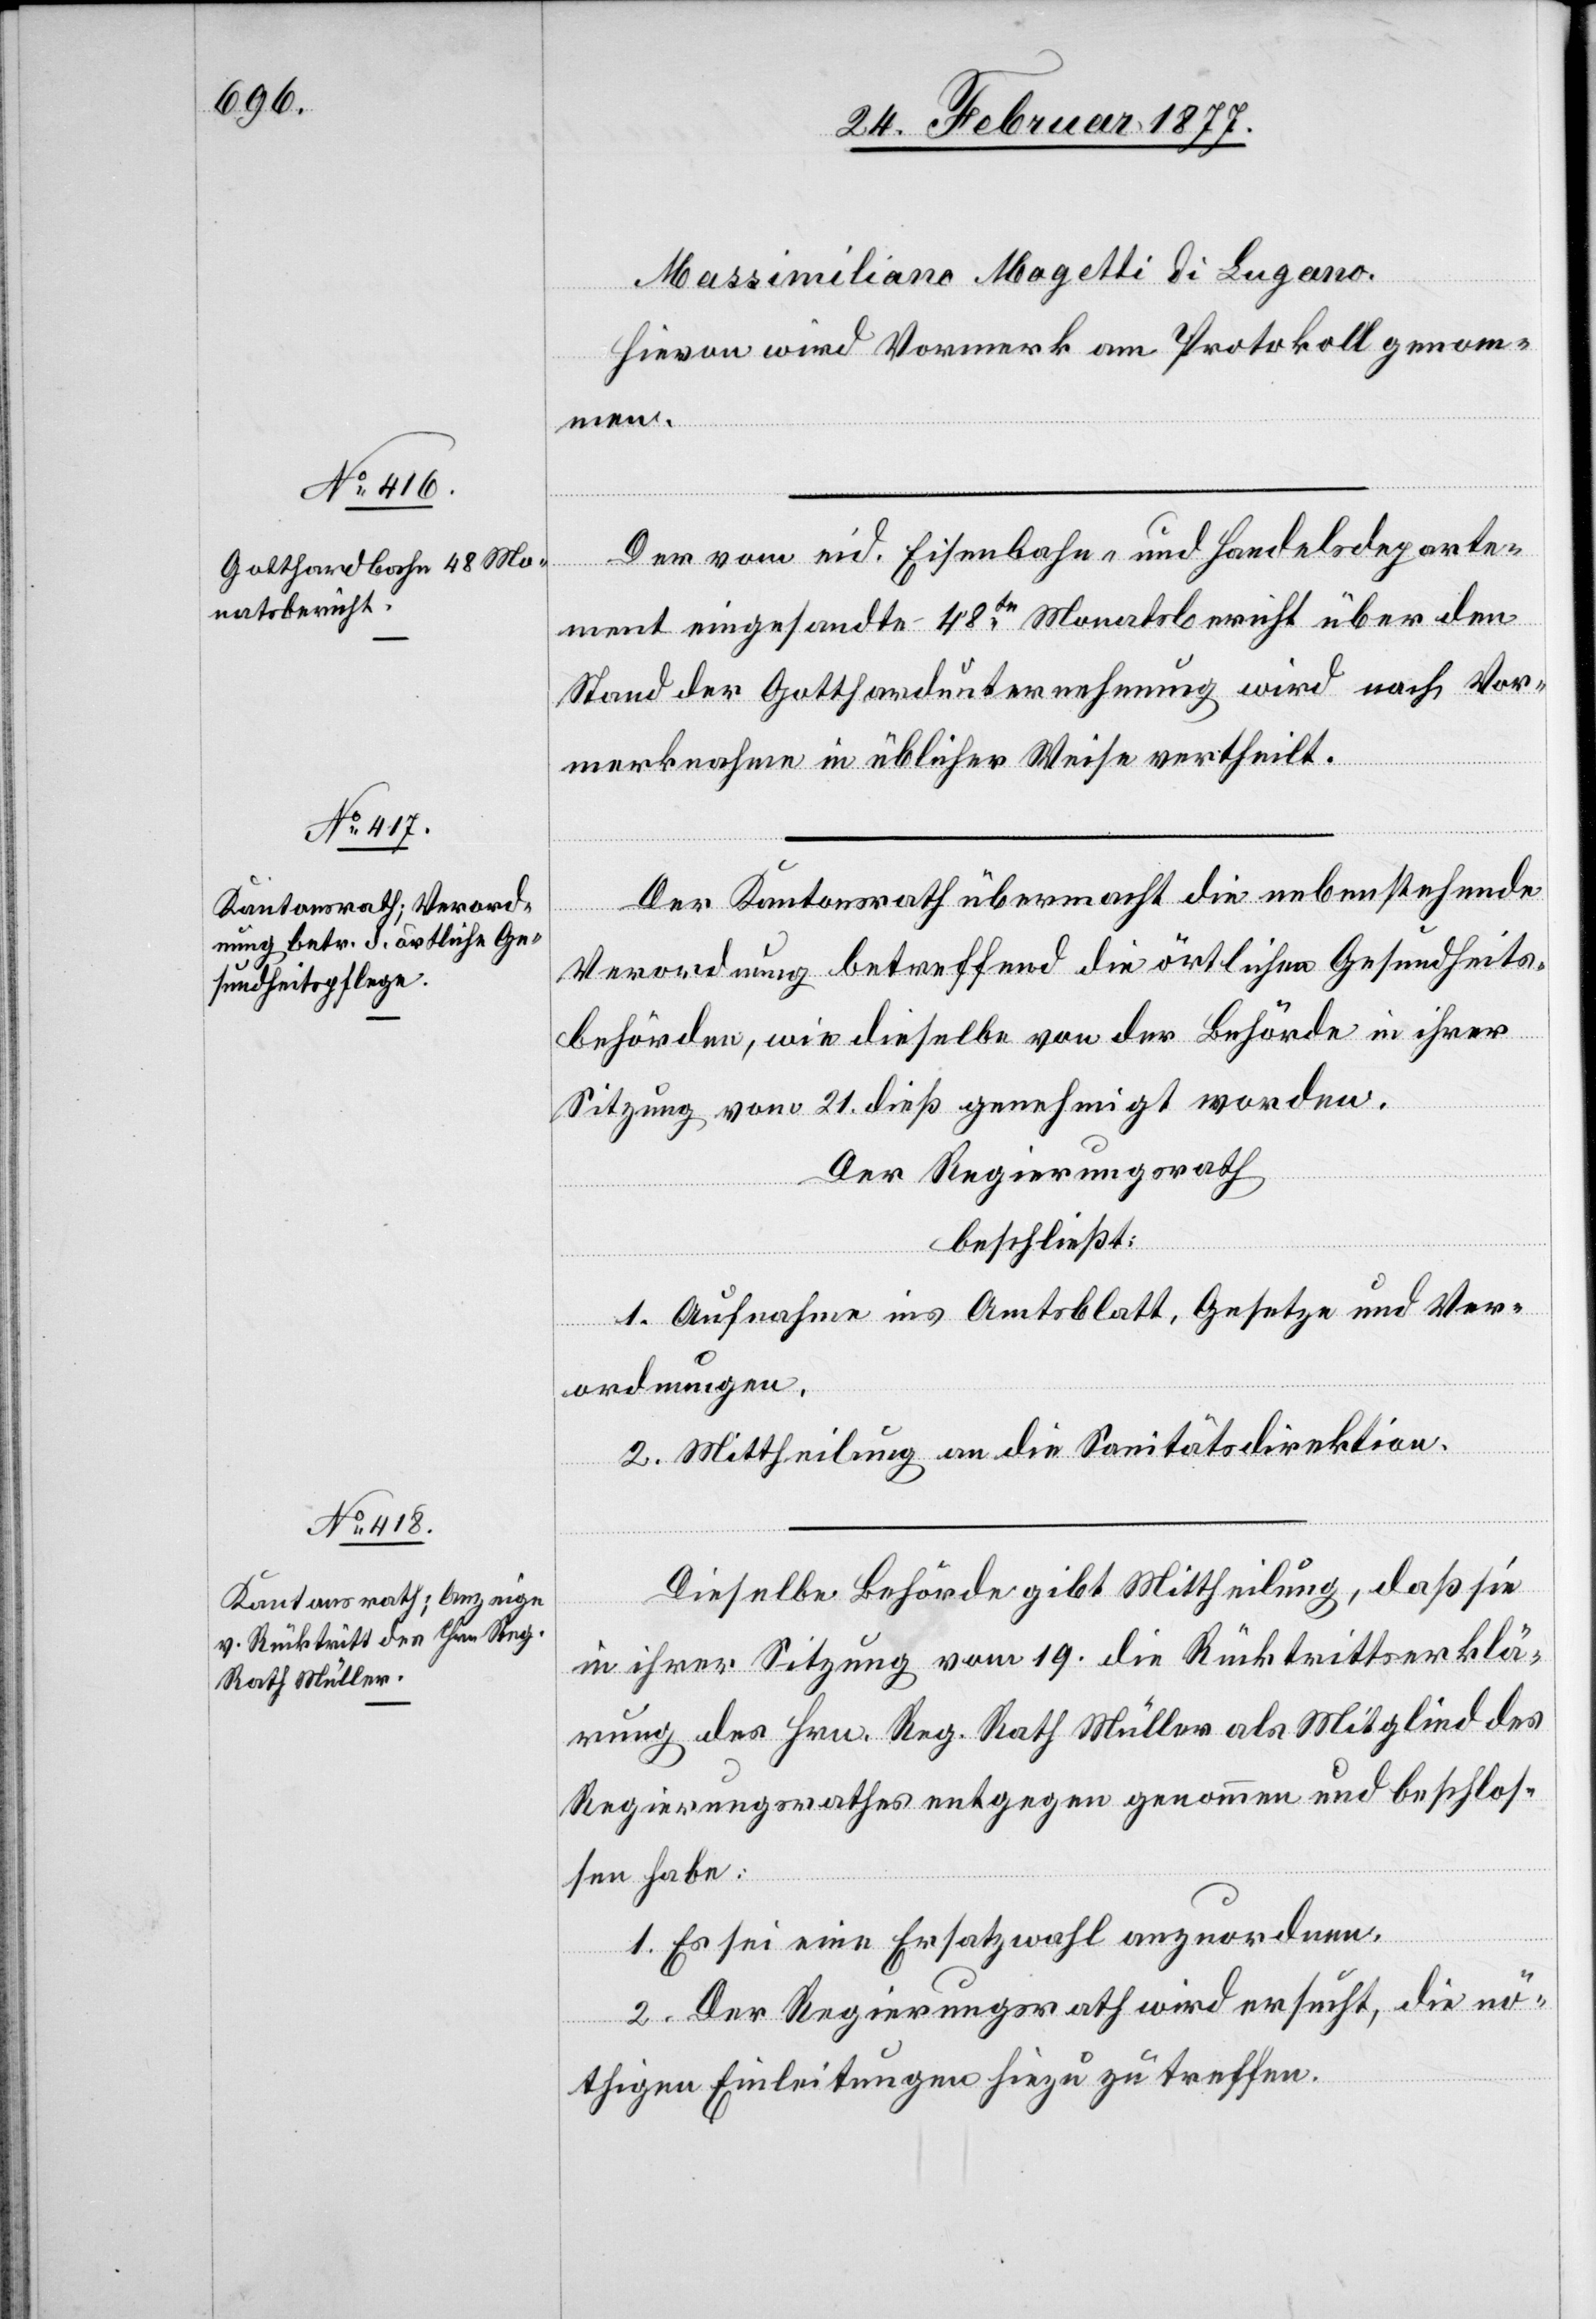
Massimiliano Magetti di Lugano.
Hievon wird Vormerk am Protokoll genom¬
men.
Der vom eid. Eisenbahn- und Handelsdeparte¬
ment eingesandte 48te Monatsbericht über den
Stand der Gotthardunternehmung wird nach Vor¬
merknahme in üblicher Weise vertheilt.
Der Kantonsrath übermacht die nebenstehende
dheit¬
sbehörden, wie dieselbe von der Behörde in ihrer
Sitzung vom 21. dieß genehmigt worden.
Der Regierungsrath
beschließt:
1. Aufnahme ins Amtsblatt, Gesetze und Ver¬
ordnungen.
2. Mittheilung an die Sanitätsdirektion.
Dieselbe Behörde gibt Mittheilung, daß sie
in ihrer Sitzung vom 19. die Rücktrittserklä¬
rung des Hrn. Reg. Rath Müller als Mitglied des
Regierungsrathes entgegen genommen und beschlos¬
sen habe:
1. Es sei eine Ersatzwahl anzuordnen.
2. Der Regierungsrath wird ersucht, die nö¬
thigen Einleitungen hiezu zu treffen.

die